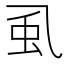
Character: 虱